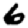
Digit: 6